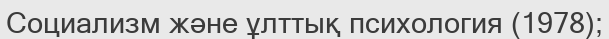
Социализм және ұлттық психология (1978);